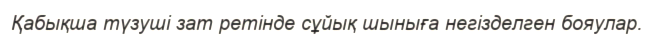
Қабықша түзуші зат ретінде сұйық шыныға негізделген бояулар.